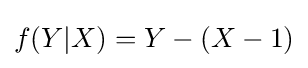
f(Y|X)=Y-(X-1)